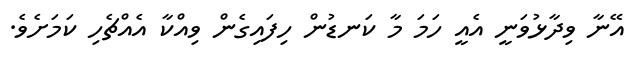
އޭނާ ވިދާޅުވަނީ އެއީ ހަމަ މާ ކަނޑުން ހިފައިގެން ވިއްކާ އެއްޗެހި ކަމަށެވެ.